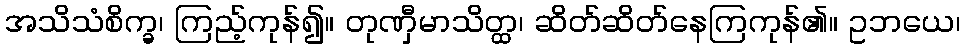
အသိသံစိက္ခ၊ ကြည့်ကုန်၍။ တုဏှီမာသိတ္ထ၊ ဆိတ်ဆိတ်နေကြကုန်၏။ ဥဘယေ၊